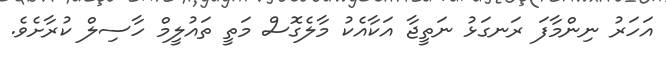
އަހަރު ނިންމާފަ ރަނގަޅު ނަތީޖާ އަކާއެކު މާލެގޮސް މަތީ ތައުލީމް ހާސިލް ކުރާށެވެ.